Source: Computer-generated
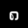
Digit: ၈ (8)